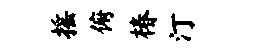
摇俯椿汀